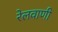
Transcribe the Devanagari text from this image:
रेलवाणी